Rangoon Lunatic Asylum 1893-1897 - 1893-1897
Year: 1893
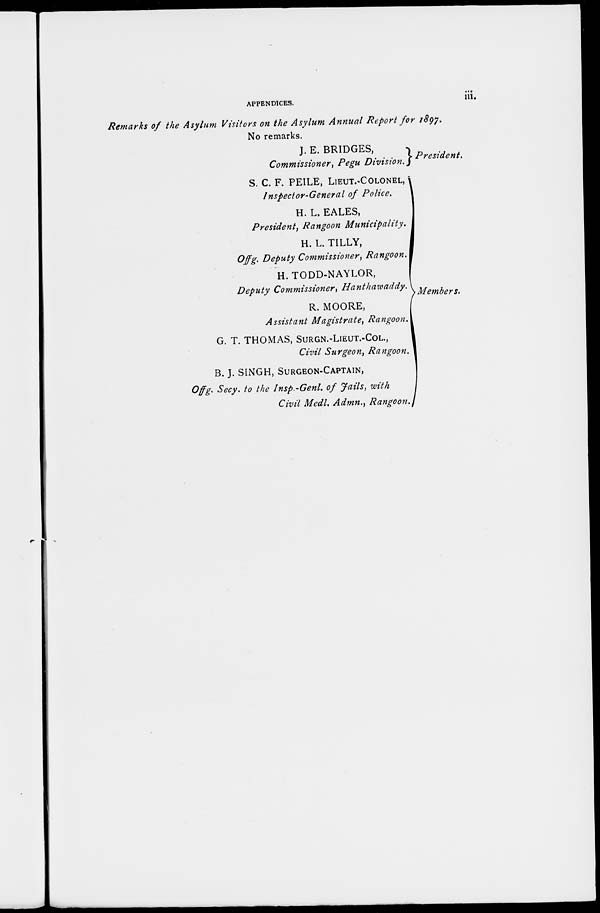
APPENDICES.
iii.
Remarks of the Asylum Visitors on the Asylum Annual Report for 1897.
No remarks.
J. E. BRIDGES,
Commissioner, Pegu Division.
S. C. F. PEILE, LIEUT.-COLONEL,
Inspector-General of Police.
H. L. EALES,
President, Rangoon Municipality.
H. L. TILLY,
Offg. Deputy Commissioner, Rangoon.
H. TODD-NAYLOR,
Deputy Commissioner, Hanthawaddy.
R. MOORE,
Assistant Magistrate, Rangoon.
G. T. THOMAS, SURGN.-LIEUT.-COL.,
Civil Surgeon, Rangoon.
B. J. SINGH, SURGEON-CAPTAIN,
Offg. Secy. to the Insp.-Genl. of Jails, with
Civil Medl. Admn., Rangoon.
President.
Members.